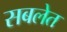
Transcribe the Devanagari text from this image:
सबलेत